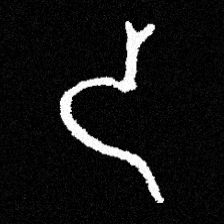
Pyu character \u2014 Myanmar letter: ဒ (romanized: da)